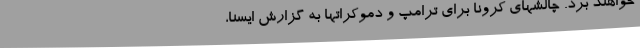
خواهند برد. چالشهای کرونا برای ترامپ و دموکراتها به گزارش ایسنا،